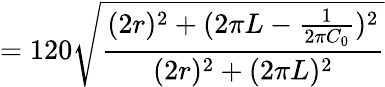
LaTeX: =120\sqrt{\frac{(2r)^{2}+(2\pi L-\frac{1}{2\pi C_{0}})^{2}}{(2r)^{2}+(2\pi L)^{2}}}